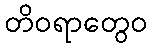
တိဝရာတွေဝ